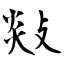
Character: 敥